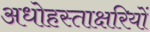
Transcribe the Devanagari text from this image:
अधोहस्ताक्षरियों